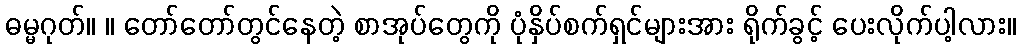
ဓမ္မဂုတ်။ ။ တော်တော်တွင်နေတဲ့ စာအုပ်တွေကို ပုံနှိပ်စက်ရှင်များအား ရိုက်ခွင့် ပေးလိုက်ပါ့လား။